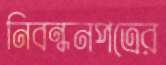
নিবন্ধনপত্রের